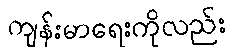
ကျန်းမာရေးကိုလည်း